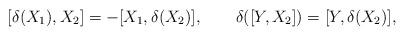
LaTeX: \begin{align*}[\delta(X_1),X_2] = -[X_1,\delta(X_2)],\qquad \delta([Y,X_2]) = [Y,\delta(X_2)],\end{align*}